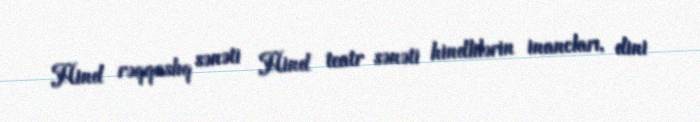
Hind rəqqaslıq sənəti Hind teatr sənəti hindlilərin inancları, dini